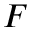
F